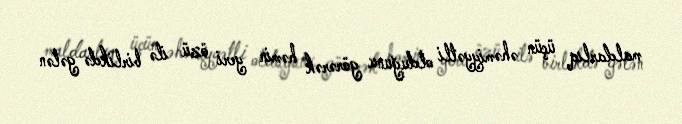
maldarlıq üçün əhəmiyyətli olduğunu görərək həmin yeri özü ilə birlikdə gələn